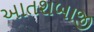
આતશબાજી